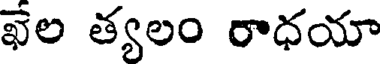
ఖేల త్యలం రాధయా